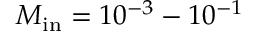
M _ { \mathrm { { i n } } } = 1 0 ^ { - 3 } - 1 0 ^ { - 1 }